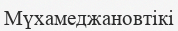
Мүхамеджановтікі